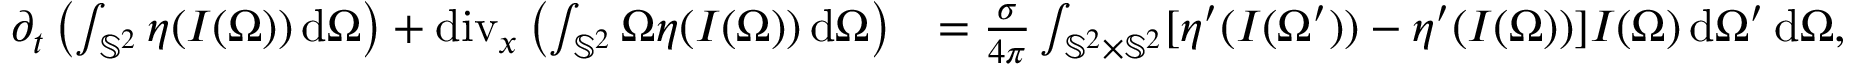
\begin{array} { r l } { \partial _ { t } \left( \int _ { \mathbb { S } ^ { 2 } } \eta ( I ( \Omega ) ) \, \mathrm { d } \Omega \right) + \operatorname { d i v } _ { x } \left( \int _ { \mathbb { S } ^ { 2 } } \Omega \eta ( I ( \Omega ) ) \, \mathrm { d } \Omega \right) } & { = \frac { \sigma } { 4 \pi } \int _ { \mathbb { S } ^ { 2 } \times \mathbb { S } ^ { 2 } } [ \eta ^ { \prime } ( I ( \Omega ^ { \prime } ) ) - \eta ^ { \prime } ( I ( \Omega ) ) ] I ( \Omega ) \, \mathrm { d } \Omega ^ { \prime } \, \mathrm { d } \Omega , } \end{array}